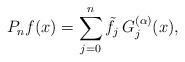
LaTeX: \begin{align*}{P_n}f(x) = \sum\limits_{j = 0}^n {{{\tilde f}_j}\,G_{j}^{(\alpha )}(x)} ,\end{align*}